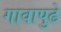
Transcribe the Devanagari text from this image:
गावापुढे